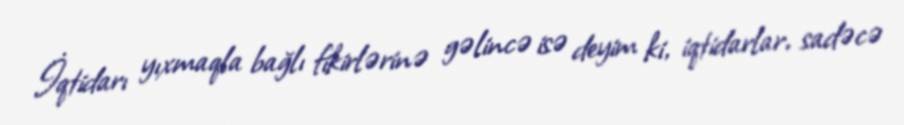
İqtidarı yıxmaqla bağlı fikirlərinə gəlincə isə deyim ki, iqtidarlar, sadəcə